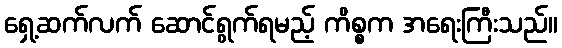
ရှေ့ဆက်လက် ဆောင်ရွက်ရမည့် ကိစ္စက အရေးကြီးသည်။